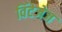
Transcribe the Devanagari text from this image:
विंटेजेज